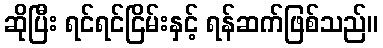
ဆိုပြီး ရင်ရင်ငြိမ်းနှင့် ရန်ဆက်ဖြစ်သည်။